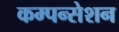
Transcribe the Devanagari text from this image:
कम्पन्सेशन